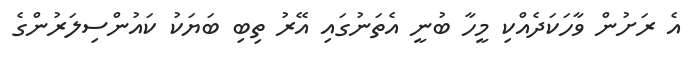
އެ ރަށުން ވާހަކަދެއްކި މީހާ ބުނީ އެތަނުގައި އޭރު ތިބި ބަޔަކު ކައުންސިލަރުންގެ